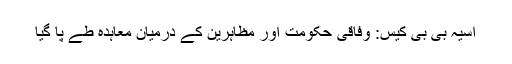
آسیہ بی بی کیس: وفاقی حکومت اور مظاہرین کے درمیان معاہدہ طے پا گیا